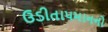
ઉડીતાપમાનનો